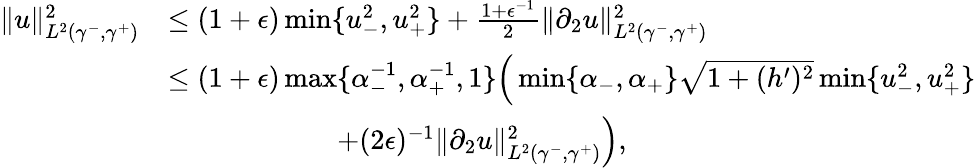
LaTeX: \begin{array}{rl}{\| u\| _{L^{2}(\gamma^{-},\gamma^{+})}^{2}}&{\leq(1+\epsilon)\operatorname*{min}\lbrace u_{-}^{2},u_{+}^{2}\rbrace+\frac{1+\epsilon^{-1}}{2}\| \partial_{2}u\| _{L^{2}(\gamma^{-},\gamma^{+})}^{2}}\\ &{\leq(1+\epsilon)\operatorname*{max}\lbrace\alpha_{-}^{-1},\alpha_{+}^{-1},1\rbrace\Big(\operatorname*{min}\lbrace\alpha_{-},\alpha_{+}\rbrace\sqrt{1+(h^{\prime})^{2}}\operatorname*{min}\lbrace u_{-}^{2},u_{+}^{2}\rbrace}\\ &{\qquad\qquad\qquad+(2\epsilon)^{-1}\| \partial_{2}u\| _{L^{2}(\gamma^{-},\gamma^{+})}^{2}\Big),}\end{array}